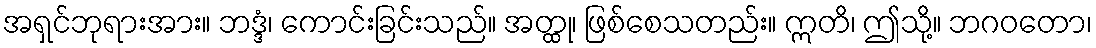
အရှင်ဘုရားအား။ ဘဒ္ဒံ၊ ကောင်းခြင်းသည်။ အတ္ထု၊ ဖြစ်စေသတည်း။ ဣတိ၊ ဤသို့။ ဘဂဝတော၊